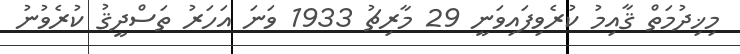
މިޚިދުމަތް ޤާއިމު ކުރެވިފައިވަނީ 29 މާރިޗު 1933 ވަނަ އަހަރު ތަސްދީޤު ކުރެވުނު